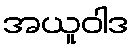
အယူဝါဒ